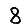
Digit: 8